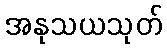
အနုသယသုတ်